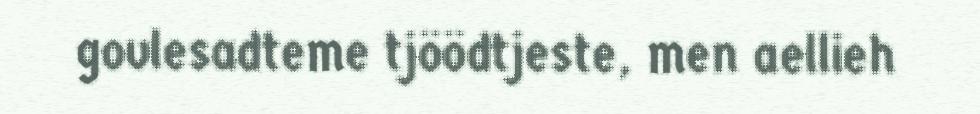
govlesadteme tjöödtjeste, men aellieh